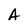
Character: A